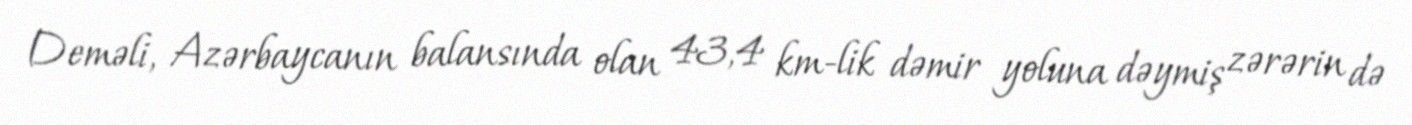
Deməli, Azərbaycanın balansında olan 43,4 km-lik dəmir yoluna dəymiş zərərin də